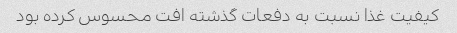
کیفیت غذا نسبت به دفعات گذشته افت محسوس کرده بود